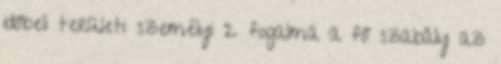
időbeli területi személyi 2 fogalma a fő szabály az